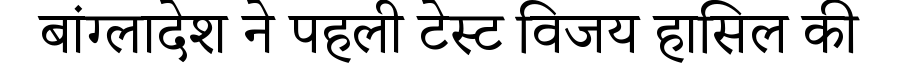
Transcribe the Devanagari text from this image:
बांग्लादेश ने पहली टेस्ट विजय हासिल की